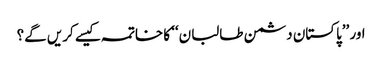
اور ’’پاکستان دشمن طالبان‘‘ کا خاتمہ کیسے کریں گے؟